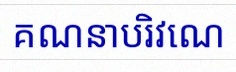
គណនាបរិវេណ